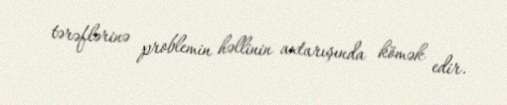
tərəflərinə problemin həllinin axtarışında kömək edir.